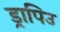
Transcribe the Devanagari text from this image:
ड्रापिउ